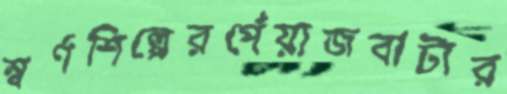
স্বর্ণশিল্পেরপেঁয়াজবাটার